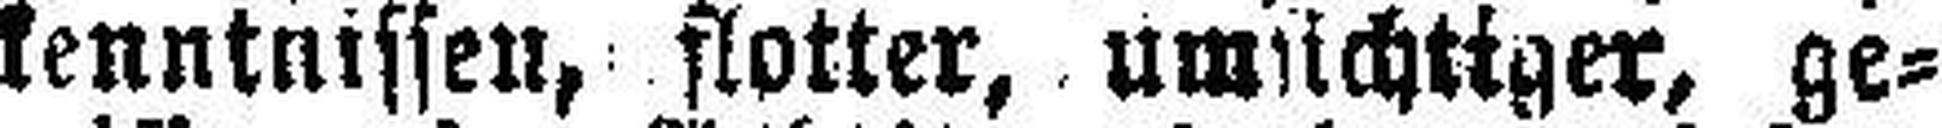
kenntnissen, flotter, umsichtiger, ge¬